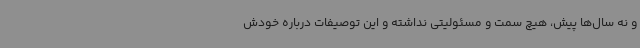
و نه سال‌ها پیش، هیچ سمت و مسئولیتی نداشته و این توصیفات درباره خودش